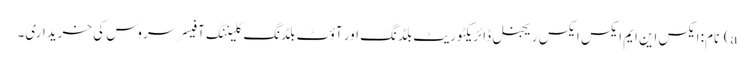
a) نام: ایکس این ایم ایکس ایکس ریجنل ڈائریکٹوریٹ بلڈنگ اور آؤٹ بلڈنگ کلیننگ آفیسر سروس کی خریداری۔